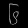
Digit: ၆